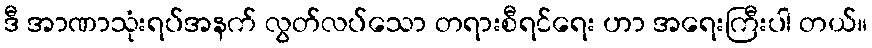
ဒီ အာဏာသုံးရပ်အနက် လွတ်လပ်သော တရားစီရင်ရေး ဟာ အရေးကြီးပါ တယ်။